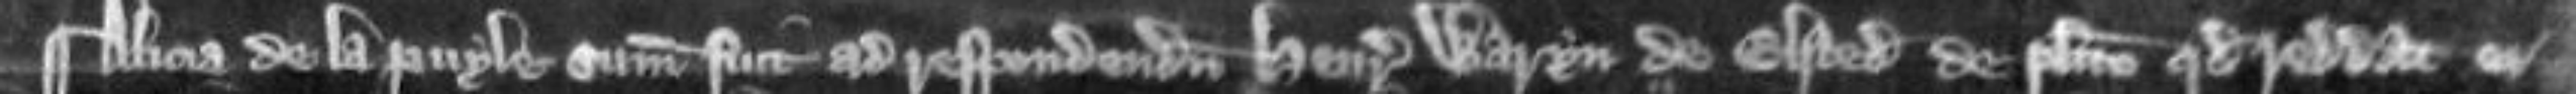
¶Alicia de la Puyle summonita fuit ad respondendum Henrico Waryn de Elsted de placito quod reddat ei